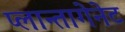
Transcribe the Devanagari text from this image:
प्लान्तागेनेट